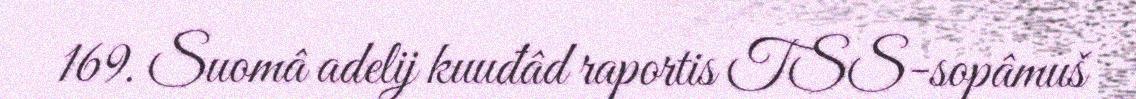
169. Suomâ adelij kuuđâd raportis TSS-sopâmuš